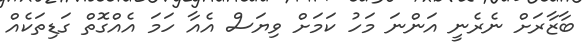
ބާޒާރަށް ނެރެނީ އަންނަ މަހު ކަމަށް ވިޔަސް އެއާ ހަމަ އެއްގޮތް ގަޑިތަކެއް